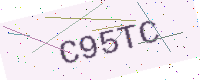
Text: C95TC